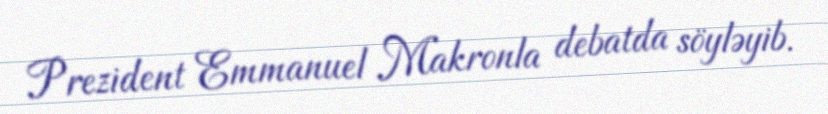
Prezident Emmanuel Makronla debatda söyləyib.